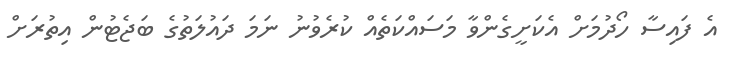
އެ ފައިސާ ހޯދުމަށް އެކަށީގެންވާ މަސައްކަތެއް ކުރެވުނު ނަމަ ދައުލަތުގެ ބަޖެޓުން އިތުރަށް